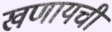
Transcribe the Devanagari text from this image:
खणायची